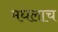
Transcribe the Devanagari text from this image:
मधलाच